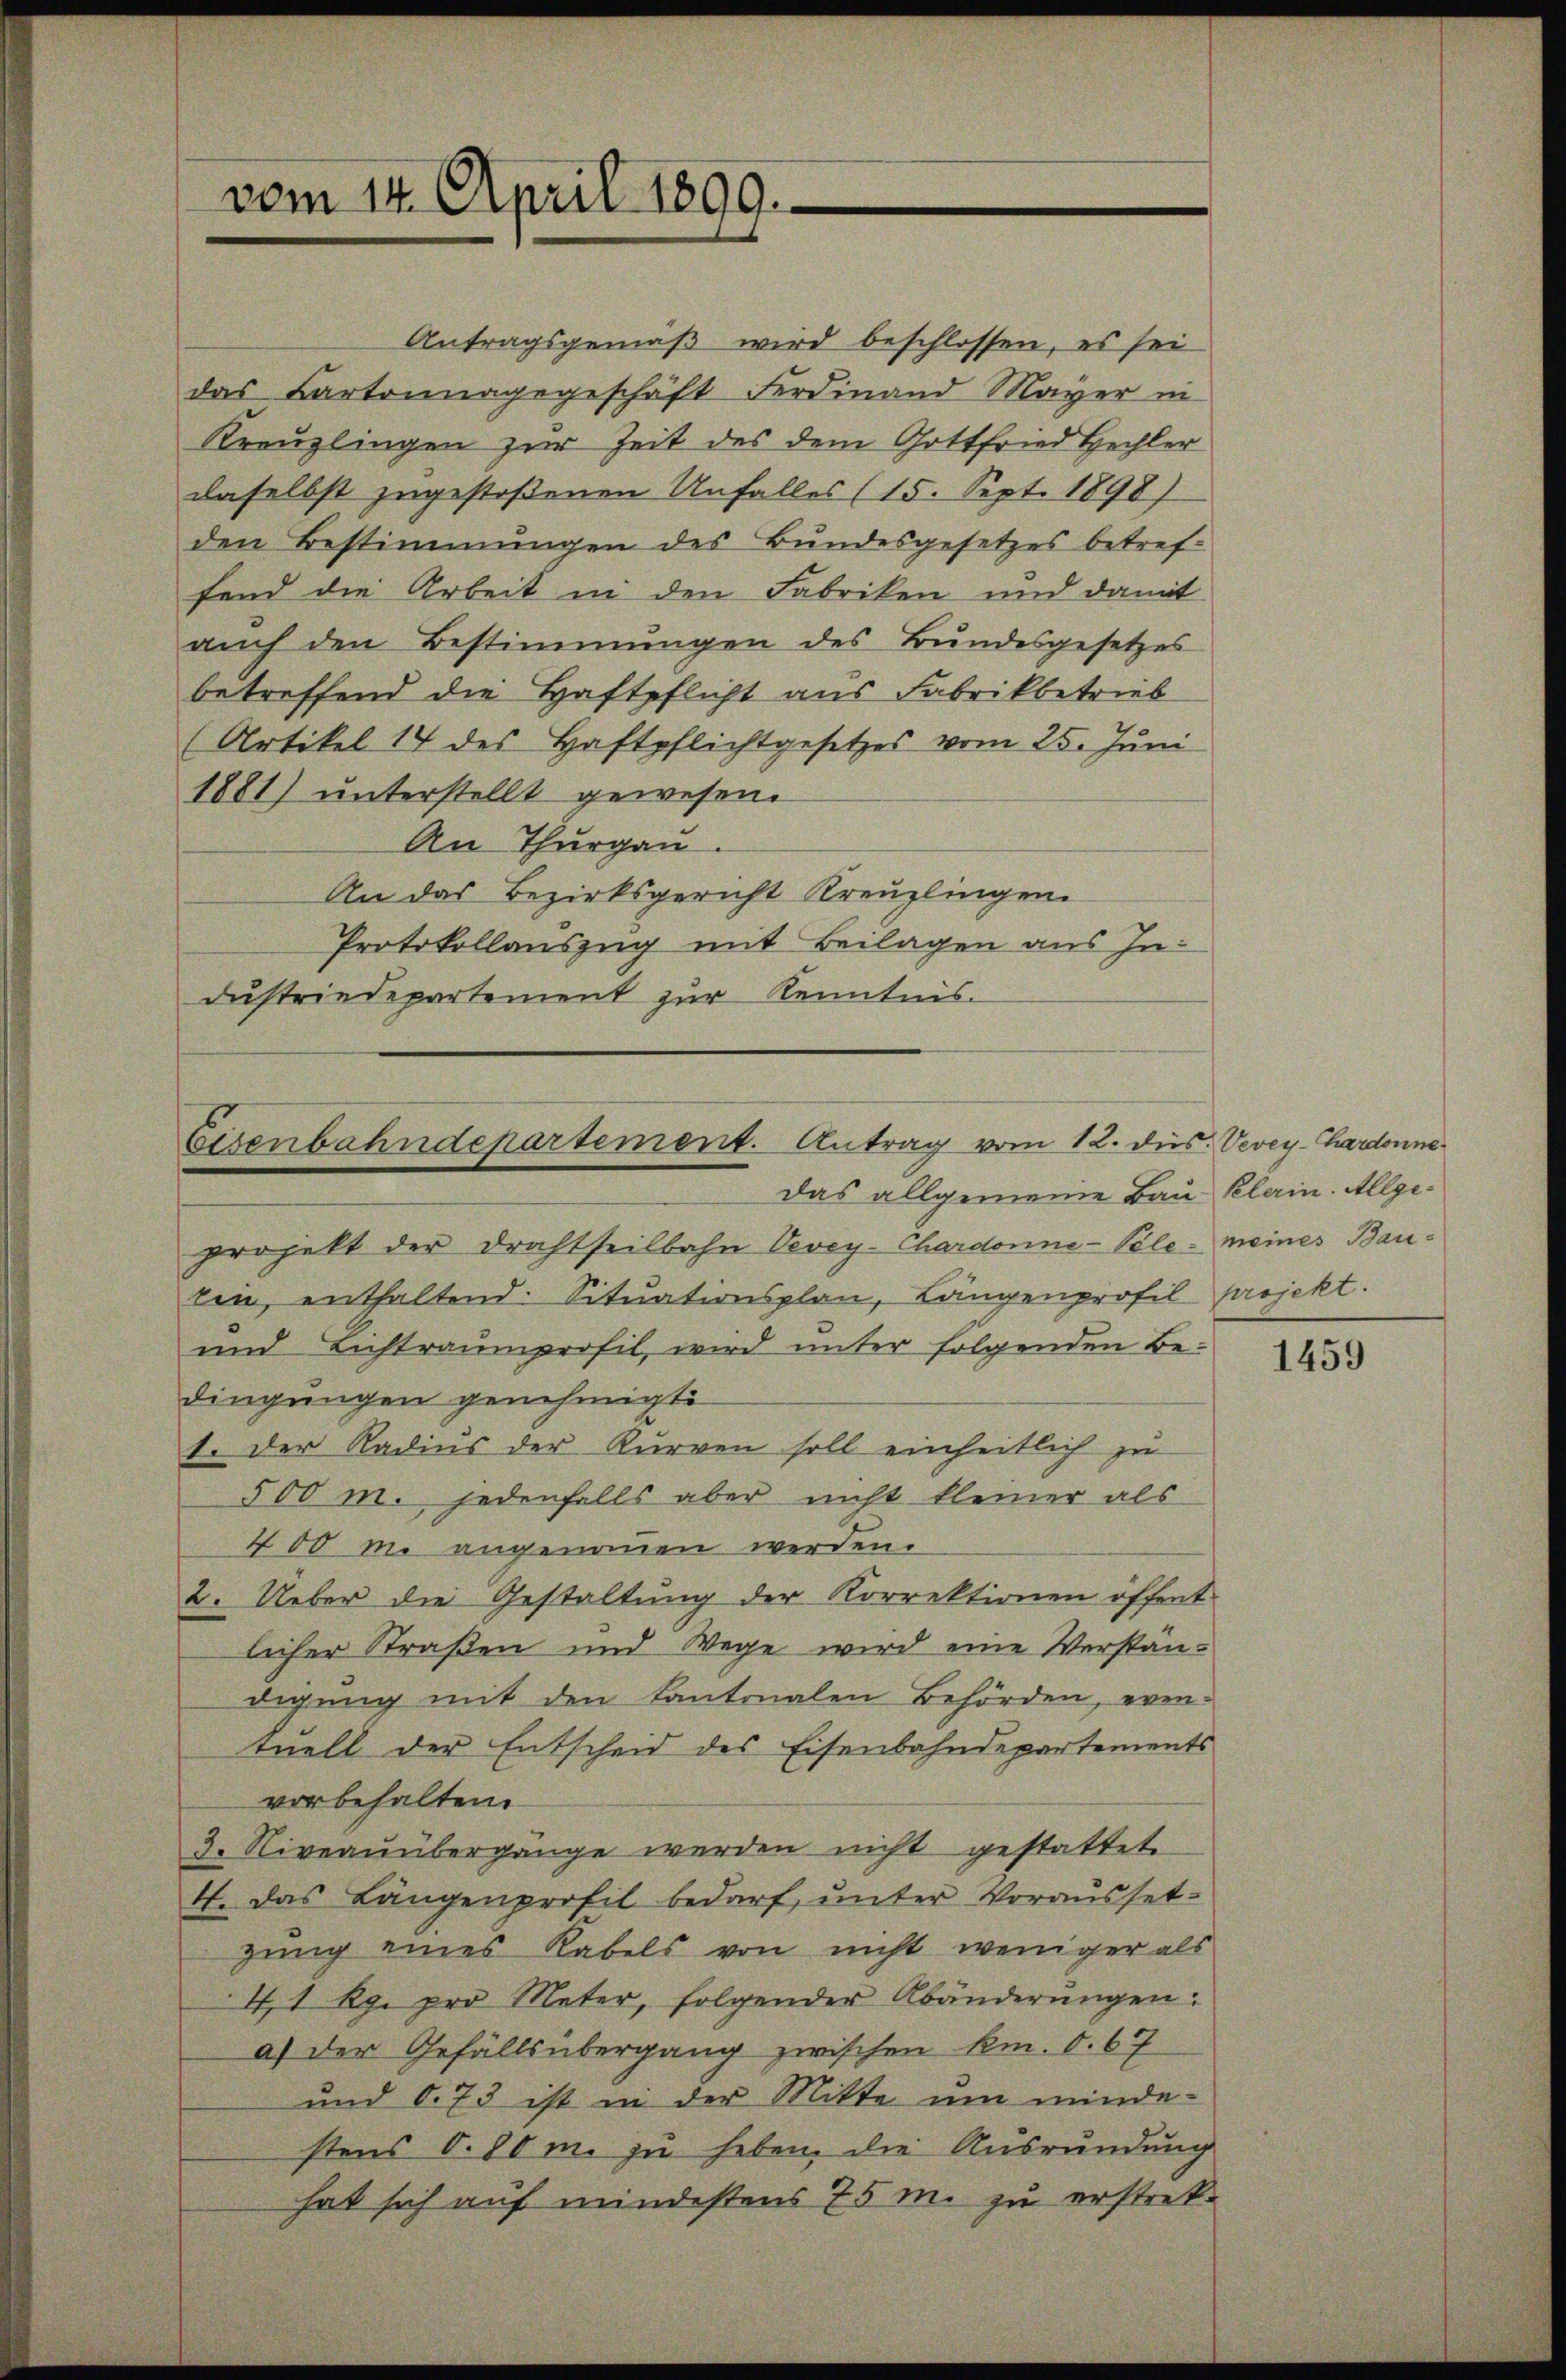
vom 14. April 1899.

Eisenbahndepartement. Antrag vom 12. dies. Vevey-Hardonne
Das allgemeine Bau Klerin. Allge¬

Antragsgemäß wird beschlossen, es sei
das Kartonnagegeschäft Ferdinand Mayer in
Kreuzlingen zur Zeit des dem Gottfried Hechler
daselbst zugestoßenen Unfalles (15. Sept. 1898)
den Bestimmungen des Bundesgesetzes betref-
fend die Arbeit in den Fabriken und damit
auch den Bestimmungen des Bundesgesetzes
betreffend die Haftpflicht aus Fabrikbetrieb
(Artikel 14 des Haftpflichtgesetzes vom 25. Juni
1881) unterstellt gewesen.
An Thurgau.
An das Bezirksgericht Kreuzlingen.
Protokollauszug mit Beilagen aus Industriedepartement zur Kenntnis.

projekt der Drahtseilbahn Vevey-Chardonne-Pele - meines Baulen, enthaltend. Situationsplan, Längenprofil projekt.
und Lichtraumprofil, wird unter folgenden Bedingungen genehmigte
1. Der Radius der Kurren soll einheitlich zu
500 m. jedenfalls aber nicht kleiner als
400 m. angenommen werden.
2. Ueber die Gestaltung der Korrektionen öffent-
licher Straßen und Wege wird eine Verständigung mit den Kantonalen Behörden, even-
tuell der Entscheid des Eisenbahndepartements
vorbehalten.
3. Niveauübergänge werden nicht gestattete
4. Das Längenprofil bedarf, unter Vorausset-
zung eines Rabels von nicht weniger als
4,1 Rp. pro Meter, folgender Abänderungen:
a) der Gefällsübergang zwischen km. S. 67
und 873 ist in der Mitte um minde-
stens S. 80 m. zu heben, die Ausrundung
hat sich auf mindestens 75 m. zu erstrek¬

1459